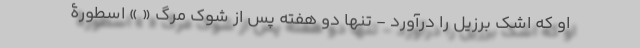
او که اشک‌ برزیل را درآورد - تنها دو هفته پس از شوک مرگ « » اسطورۀ